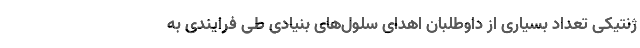
ژنتیکی تعداد بسیاری از داوطلبان اهدای سلول‌های بنیادی طی فرایندی به